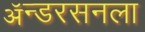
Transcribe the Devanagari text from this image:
ॲन्डरसनला